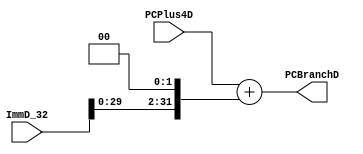
module NPCBranch(
  input   [31:0]  PCPlus4D,
  input   [31:0]  ImmD_32,
  output  [31:0]  PCBranchD
  );
  
  assign PCBranchD = PCPlus4D + {ImmD_32[29:0], 2'b00};
  
endmodule